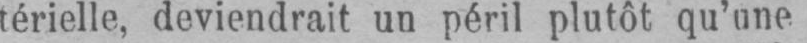
térielle, deviendrait un péril plutôt qu’une